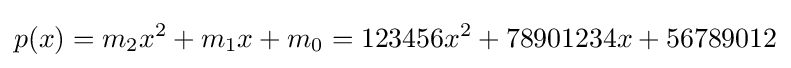
p(x)=m_{2}x^{2}+m_{1}x+m_{0}=123456x^{2}+78901234x+56789012